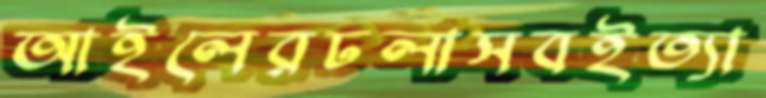
আইলেরঢলাসবইত্যা